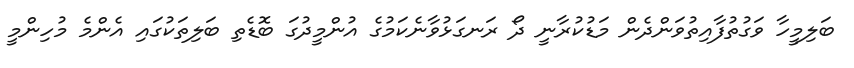
ބަލިމީހާ ވަގުތުފާއިތުވަންދެން މަޑުކުރާނީ ދޯ ރަނގަޅުވާނެކަމުގެ އުންމީދުގަ ބޮޑެތި ބަލިތަކުގައި އެންމެ މުހިންމީ